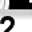
Digit: 2